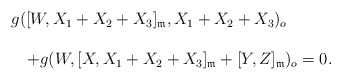
\begin{align*} \begin{array}{lll}&& g([W, X_1+X_2+X_3]_{\frak{m}}, X_1+X_2+X_3)_o\ \\\\&&\ \ \ +g(W, [X,X_1+X_2+X_3]_{\frak{m}}+[Y, Z]_{\frak{m}})_o=0. \end{array}\end{align*}